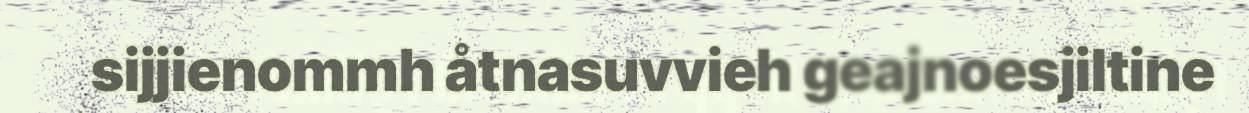
sijjienommh åtnasuvvieh geajnoesjiltine